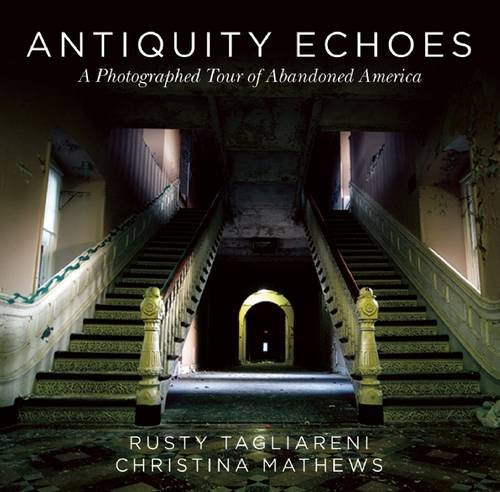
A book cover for Antiquity Echoes: A Photographed Tour of Abandoned America; Rusty Tagliareni; Arts & Photography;